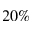
2 0 \%